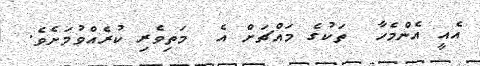
އެއީ އެންމެހާ  ތަކުގެ މައްޗަށް އެ  މަތިވެރި ކުރެއްވުމަށެވެ.